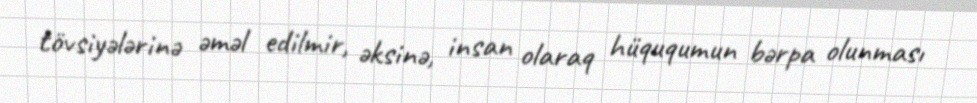
tövsiyələrinə əməl edilmir, əksinə, insan olaraq hüququmun bərpa olunması